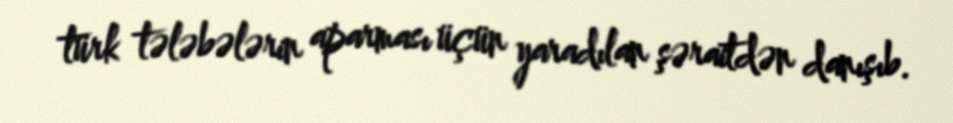
türk tələbələrin aparması üçün yaradılan şəraitdən danışıb.